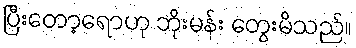
ပြီးတော့ရောဟု ဘိုးမန်း တွေးမိသည်။